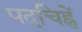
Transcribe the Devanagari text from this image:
पदचिह्नें